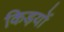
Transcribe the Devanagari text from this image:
किड़यों